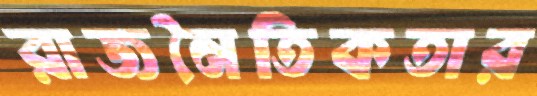
রাজনৈতিকতার